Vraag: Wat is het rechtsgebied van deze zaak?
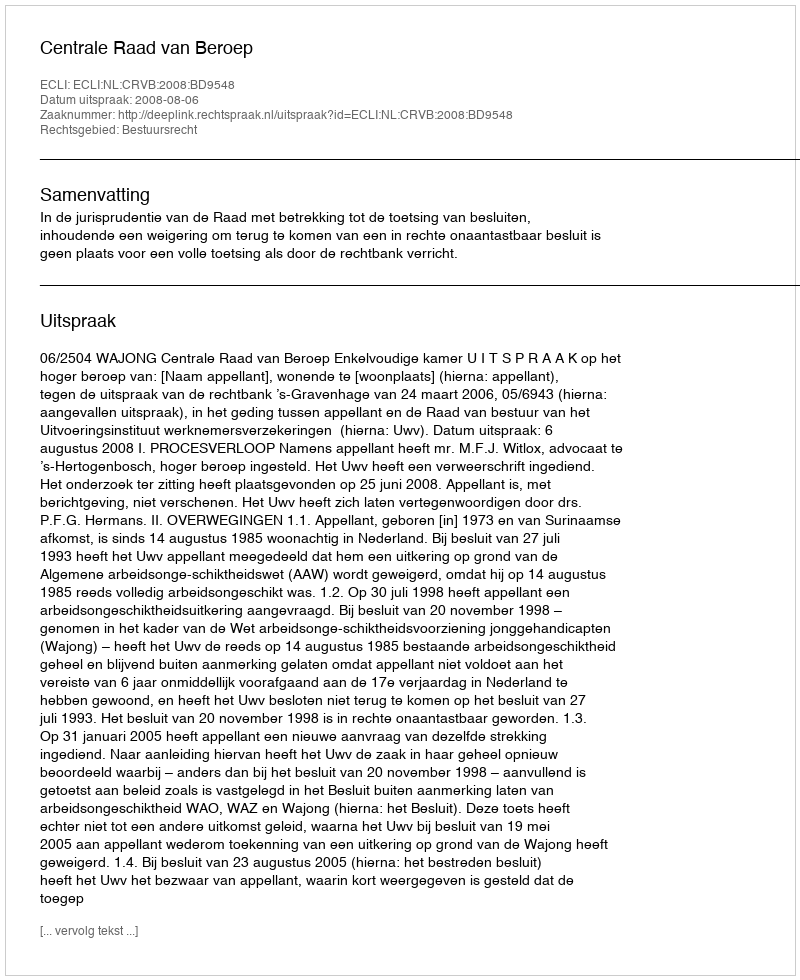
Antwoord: Bestuursrecht